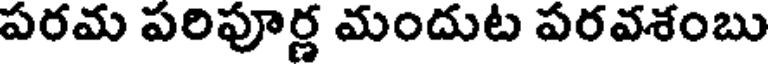
పరమ పరిపూర్ణ మందుట పరవశంబు